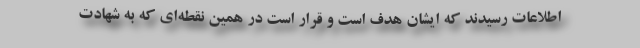
اطلاعات رسیدند که ایشان هدف است و قرار است در همین نقطه‌ای که به شهادت